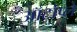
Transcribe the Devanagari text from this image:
ऑटोप्ले